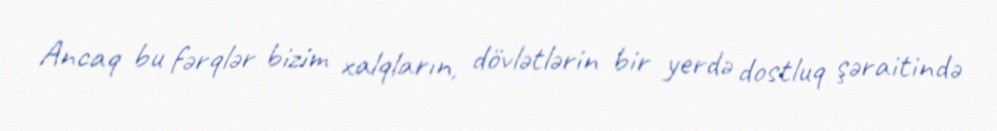
Ancaq bu fərqlər bizim xalqların, dövlətlərin bir yerdə dostluq şəraitində